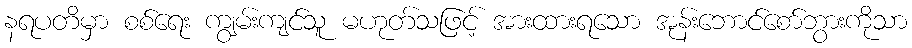
နရပတိမှာ စစ်ရေး ကျွမ်းကျင်သူ မဟုတ်သဖြင့် အားထားရသော အုန်းဘောင်စော်ဘွားကိုသာ